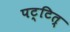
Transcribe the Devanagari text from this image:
पट्टित्